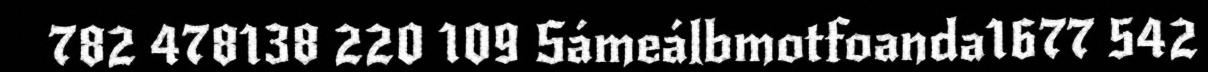
782 478138 220 109 Sámeálbmotfoanda1677 542